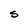
Character: S